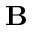
\mathbf { B }